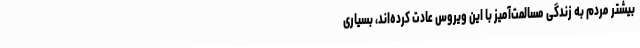
بیشتر مردم به زندگی مسالمت‌آمیز با این ویروس عادت کرده‌اند، بسیاری